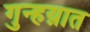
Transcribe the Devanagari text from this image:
गुन्हय़ात